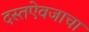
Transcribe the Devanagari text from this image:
दस्तऐवजाचा